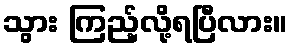
သွား ကြည့်လို့ရပြီလား။